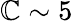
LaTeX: \mathbb{C}\sim5